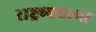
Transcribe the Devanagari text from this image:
राष्ट्रव्यवस्था